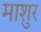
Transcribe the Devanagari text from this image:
माशुर